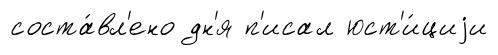
соста́вл'ено дн'я п'исал юст'и́циjи